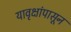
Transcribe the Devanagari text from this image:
यावृक्षांपासून